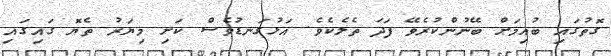
ގޮތުގައި ބުއިމަށް ބޭނުންކުރެވޭ ފަދަ ތެލެކެވެ. އަޅުގަނޑުވެސް ކަށި މިޔަރު ތެޔޮ ގައިގައި